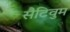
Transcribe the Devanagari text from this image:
सैटिवुम